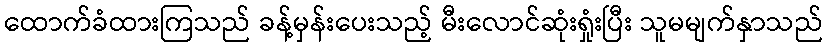
ထောက်ခံထားကြသည် ခန့်မှန်းပေးသည့် မီးလောင်ဆုံးရှုံးပြီး သူမမျက်နှာသည်